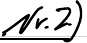
Nr.2)